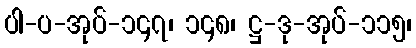
ပါ-ပ-အုပ်-၁၄၇၊ ၁၄၈၊ ဋ္ဌ-ဒု-အုပ်-၁၁၅၊